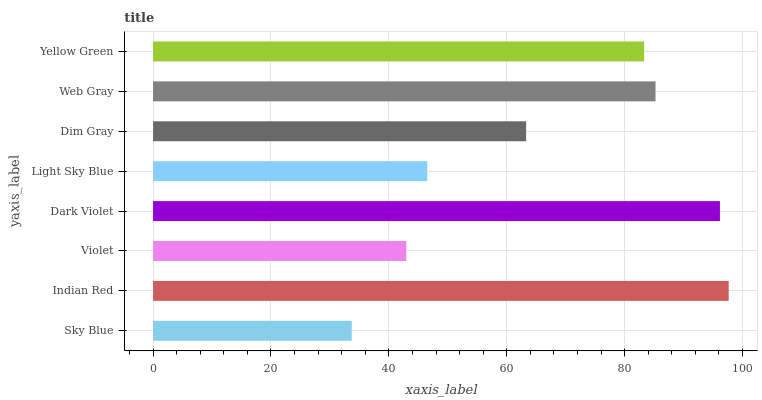
| yaxis_label | bars |
 | --- | --- |
 | Sky Blue | 33.7 |
 | Indian Red | 97.7 |
 | Violet | 43 |
 | Dark Violet | 96.2 |
 | Light Sky Blue | 46.5 |
 | Dim Gray | 63.3 |
 | Web Gray | 85.2 |
 | Yellow Green | 83.3 |